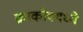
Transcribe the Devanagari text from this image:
क्राकोवमध्ये